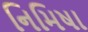
નિમિષા